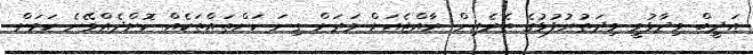
އަދީބް ވިދާޅުވީ މިދަތުރުފުޅުގެ ތެރެއިން ރާއްޖެއަށް ވަރަށް ގިނަ ކަންތައްތަކެއް ކޮށްދެއްވޭނެ ކަމަށް